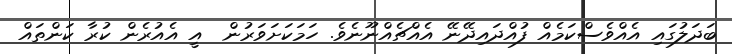
ބަދަލުގައި އެއްވެސްކަމެއް ފުއްދައިދޭނޭ އެއްޗެއްނޫނެވެ. ހަމަކަށަވަރުން  އީ އެއުރެން ކުރާ ކަންތައް